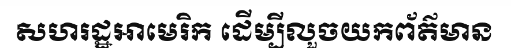
សហរដ្ឋអាមេរិក ដើម្បីលួចយកព័ត៌មាន